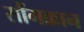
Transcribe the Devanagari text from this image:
सौंगक्रान